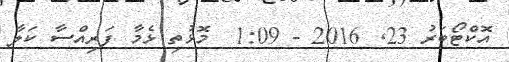
އޮކްޓޯބަރު 23